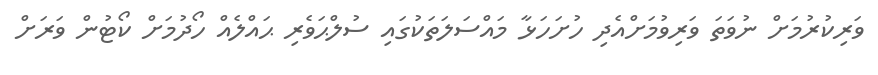
ވަރިކުރުމަށް ނުވަތަ ވަރިވުމަށްއެދި ހުށަހަޅާ މައްސަލަތަކުގައި ސުލްޙަވެރި ޙައްލެއް ހޯދުމަށް ކޯޓުން ވަރަށް